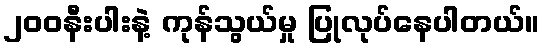
၂၀၀နီးပါးနဲ့ ကုန်သွယ်မှု ပြုလုပ်နေပါတယ်။